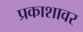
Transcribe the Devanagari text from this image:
प्रकाशावर